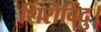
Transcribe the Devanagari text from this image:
शिरोबिंदु।